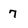
Character: 7